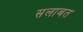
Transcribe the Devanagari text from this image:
सलाबत